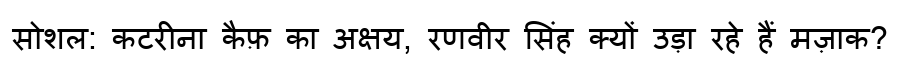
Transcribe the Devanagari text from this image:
सोशल: कटरीना कैफ़ का अक्षय, रणवीर सिंह क्यों उड़ा रहे हैं मज़ाक?